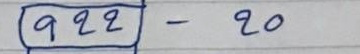
922 - 20